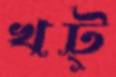
খট্‌